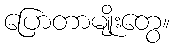
ပြောတာမျိုးတွေ။